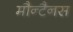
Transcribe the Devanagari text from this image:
मौन्टैनस